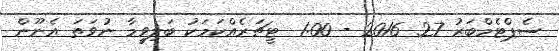
ސެޕްޓެމްބަރު 27